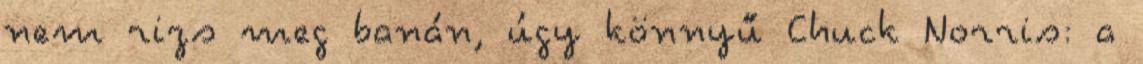
nem rizs meg banán, úgy könnyű Chuck Νorris: a